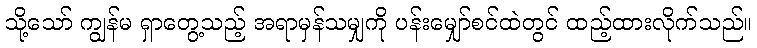
သို့သော် ကျွန်မ ရှာတွေ့သည့် အရာမှန်သမျှကို ပန်းမျှော်စင်ထဲတွင် ထည့်ထားလိုက်သည်။